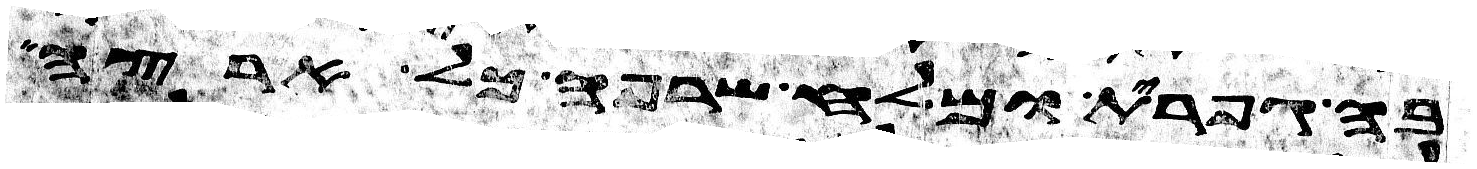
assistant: בה גפרית ומלח שרפה כל ארצה